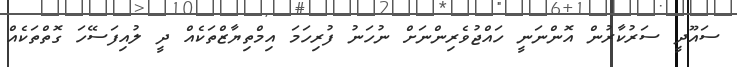
ސައޫދީ ސަރުކާރުން އޮންނަނީ ހައްޖުވެރިންނަށް ނުހަނު ފުރިހަމަ އިމްތިޔާޒްތަކެއް ދީ ލުއިފަސޭހަ ގޮތްތަކެއް